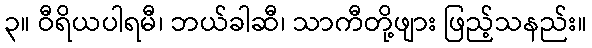
၃။ ဝီရိယပါရမီ၊ ဘယ်ခါဆီ၊ သာကီတို့ဖျား ဖြည့်သနည်း။